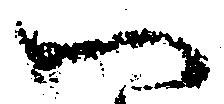
へ